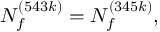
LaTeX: N _ { f } ^ { ( 5 4 3 k ) } = N _ { f } ^ { ( 3 4 5 k ) } ,